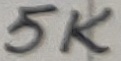
Text: 5K